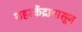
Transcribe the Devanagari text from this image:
शहरकेंद्रापासून